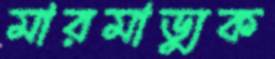
মারমাড্যুক